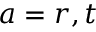
a = r , t